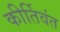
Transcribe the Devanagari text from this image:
कीर्तिवंत